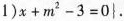
$$1)x+m^{2}-3=0\right \}$$.